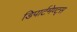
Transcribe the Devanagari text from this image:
डिपार्टमेण्ट्स